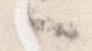
へ